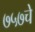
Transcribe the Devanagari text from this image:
७५७चे